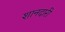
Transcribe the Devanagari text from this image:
शानदारी